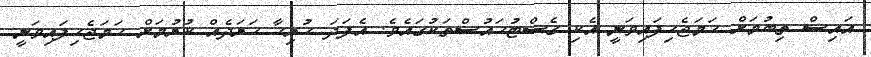
އައިސް ތިބުމަށް ހަމަޖެހިފައިވަނީ އެކި ގެސްޓުހައުސްތަކުގައެވެ. އެފަދަ ހުރިހާ ޚަރަދެއް ކުރުމަށް ހަމަޖެހިފައިވަނީ